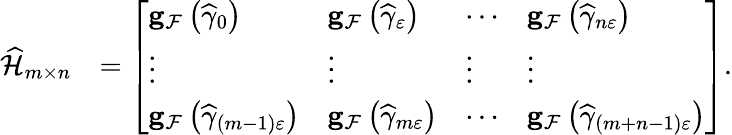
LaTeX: \begin{array}{rl}{\widehat{\mathcal{H}}_{m\times n}}&{=\left[\begin{array}{llll}{\mathbf{g}_{\mathcal{F}}\left(\widehat{\gamma}_{0}\right)}&{\mathbf{g}_{\mathcal{F}}\left(\widehat{\gamma}_{\varepsilon}\right)}&{\cdots}&{\mathbf{g}_{\mathcal{F}}\left(\widehat{\gamma}_{n\varepsilon}\right)}\\ {\vdots}&{\vdots}&{\vdots}&{\vdots}\\ {\mathbf{g}_{\mathcal{F}}\left(\widehat{\gamma}_{\left(m-1\right)\varepsilon}\right)}&{\mathbf{g}_{\mathcal{F}}\left(\widehat{\gamma}_{m\varepsilon}\right)}&{\cdots}&{\mathbf{g}_{\mathcal{F}}\left(\widehat{\gamma}_{\left(m+n-1\right)\varepsilon}\right)}\end{array}\right].}\end{array}